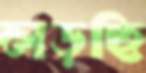
লড়ছি